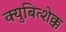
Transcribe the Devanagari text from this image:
क्युबित्शेक्क